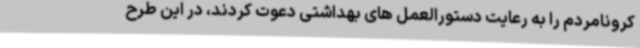
کرونامردم را به رعایت دستورالعمل های بهداشتی دعوت کردند، در این طرح